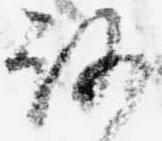
路